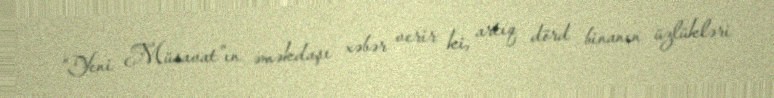
“Yeni Müsavat”ın əməkdaşı xəbər verir ki, artıq dörd binanın üzlükləri